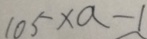
1 0 5 \times a - 1